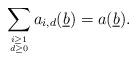
LaTeX: \begin{align*}\sum_{i \geq 1 \atop {d \geq 0}}a_{i,d}(\underline{b}) = a(\underline{b}).\end{align*}